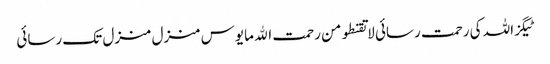
ٹیگزاللہ کی رحمت رسائی لا تقنطو من رحمت الله مایوس منزل منزل تک رسائی